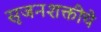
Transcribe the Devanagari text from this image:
सृजनशक्तीचे